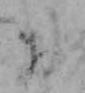
お